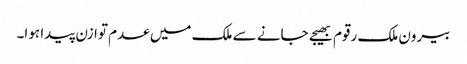
بیرون ملک رقوم بھیجے جانے سے ملک میں عدم توازن پیدا ہوا۔